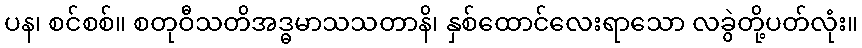
ပန၊ စင်စစ်။ စတုဝီသတိအဒ္ဓမာသသတာနိ၊ နှစ်ထောင်လေးရာသော လခွဲတို့ပတ်လုံး။